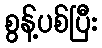
စွန့်ပစ်ပြီး